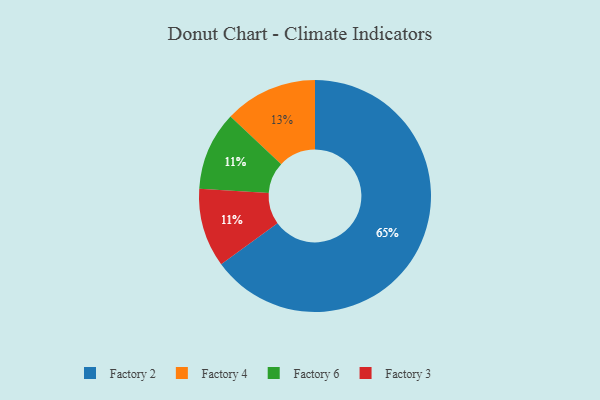
{"axis": {"x": "Category", "y": "Percentage"}, "legend": ["Factory 2", "Factory 3", "Factory 4", "Factory 6"], "data": [{"x": "Factory 6", "y": 11, "type": "Factory 6"}, {"x": "Factory 3", "y": 11, "type": "Factory 3"}, {"x": "Factory 2", "y": 65, "type": "Factory 2"}, {"x": "Factory 4", "y": 13, "type": "Factory 4"}]}